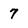
Character: 7